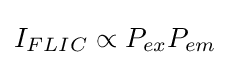
I_{FLIC}\propto P_{ex}P_{em}